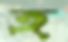
হ